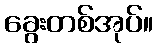
ခွေးတစ်အုပ်။